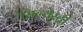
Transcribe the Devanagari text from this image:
सिल्वेस्ट्री